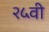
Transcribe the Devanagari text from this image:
२५वी